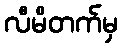
လီမိတက်မှ